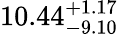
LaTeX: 10.44_{-9.10}^{+1.17}